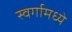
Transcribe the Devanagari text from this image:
स्वर्गामध्ये